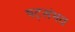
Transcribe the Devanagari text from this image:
षट्संभव